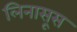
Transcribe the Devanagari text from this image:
लिनासूस